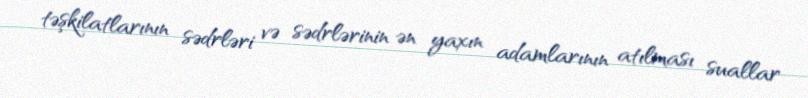
təşkilatlarının sədrləri və sədrlərinin ən yaxın adamlarının atılması suallar